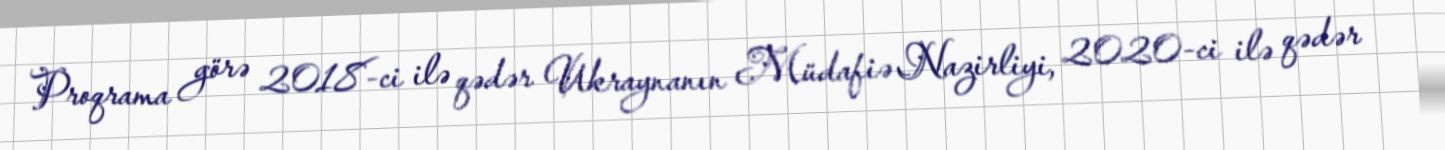
Proqrama görə 2018-ci ilə qədər Ukraynanın Müdafiə Nazirliyi, 2020-ci ilə qədər